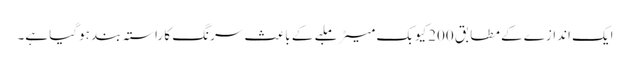
ایک اندازے کے مطابق 200کیوبک میٹر ملبے کے باعث سرنگ کا راستہ بند ہوگیا ہے۔